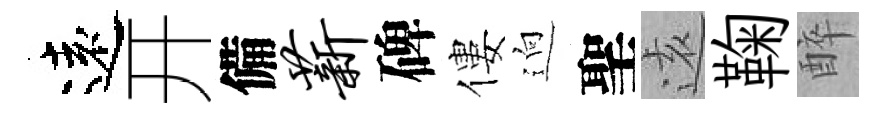
遠开備薪碑僂逈聖逺鞠醉